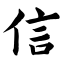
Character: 信